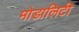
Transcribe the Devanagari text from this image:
मोडालिटी